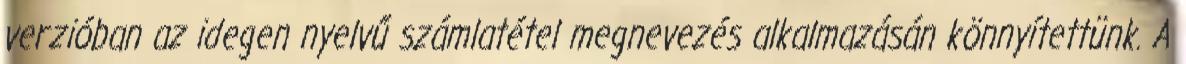
verzióban az idegen nyelvű számlatétel megnevezés alkalmazásán könnyítettünk. A